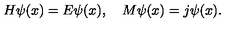
H \psi ( x ) = E \psi ( x ) , \quad M \psi ( x ) = j \psi ( x ) .